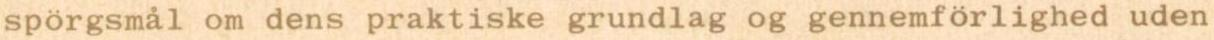
spörgsmål om dens praktiske grundlag og gennemförlighed uden